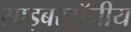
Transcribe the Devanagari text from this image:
साइबरट्राॅनीय